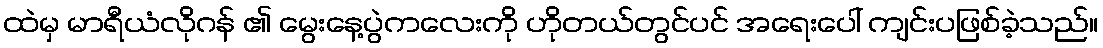
ထဲမှ မာရီယံလိုဂန် ၏ မွေးနေ့ပွဲကလေးကို ဟိုတယ်တွင်ပင် အရေးပေါ် ကျင်းပဖြစ်ခဲ့သည်။